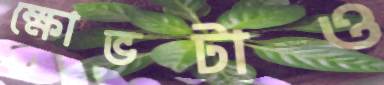
ক্ষোভটাও